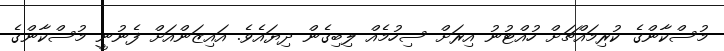
މުސްކާންގެ ކުރިމައްޗަށް ހުއްޓުނު އިރަށް ސިހުމެއް ލިބިގެން ދިޔައެވެ. އައިޒަންއަށް ފެނުނީ މުސްކާންގެ